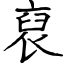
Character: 裒